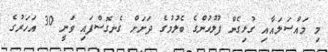
މި މައްސަލައާއި ގުޅިގެން ފުލުހުންގެ ބެލުމުގެ ދަށަށް ގެނގޮސްފައި ވަނީ 30 އަހަރުގެ